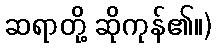
ဆရာတို့ ဆိုကုန်၏။)